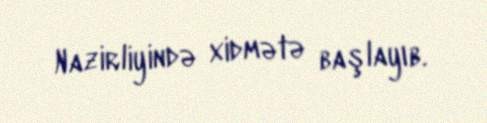
Nazirliyində xidmətə başlayıb.